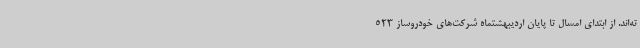
ته‌اند. از ابتدای امسال تا پایان اردیبهشتماه شرکت‌های خودروساز 523